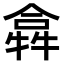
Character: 𤛈